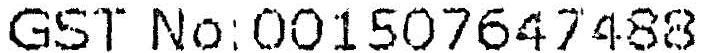
GST NO:001507647488